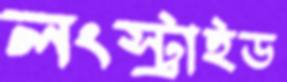
লংস্ট্রাইড